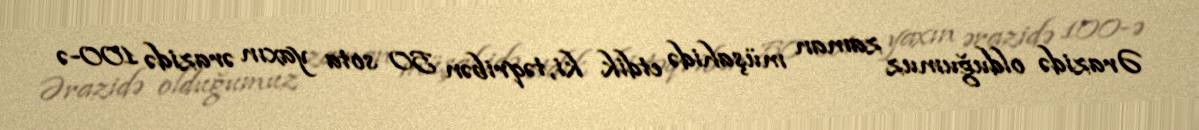
Ərazidə olduğumuz zaman müşahidə etdik ki, təqribən 50 sota yaxın ərazidə 100-ə